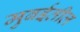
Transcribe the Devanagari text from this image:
मुबईतील